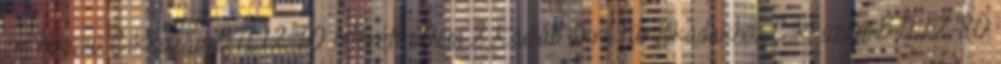
cm hosszú Cikkszám:BTL12-60 Méret: 60cm 2,Kádláb akril fürdőkádakhoz Cikkszám:BTL12-80